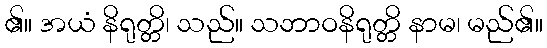
၏။ အယံ နိရုတ္တိ၊ သည်။ သဘာဝနိရုတ္တိ နာမ၊ မည်၏။